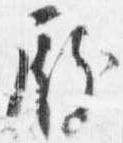
殿